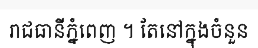
រាជធានីភ្នំពេញ ។ តែនៅក្នុងចំនួន